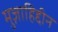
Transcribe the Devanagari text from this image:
मुज़ाहिद्दीन